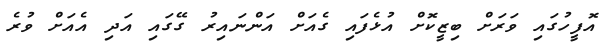
އޮފީހުގައި ވަރަށް ބިޒީކޮށް އުޅެފައި ގެއަށް އަންނައިރު ގޭގައި އަދި އެއަށް ވުރެ